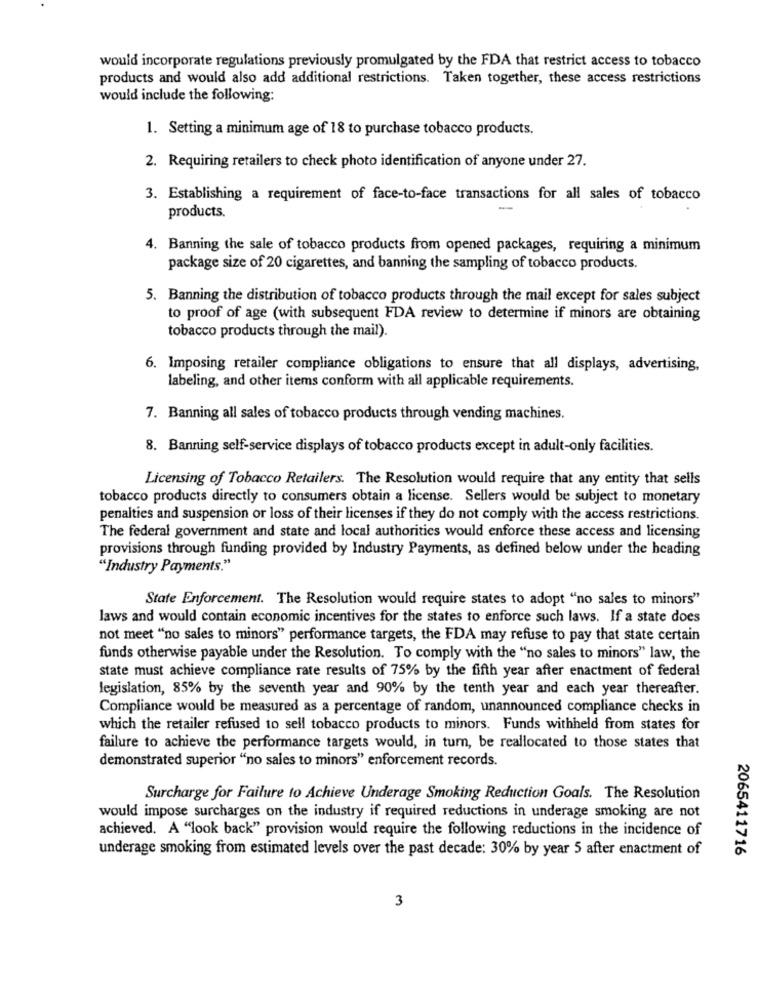
would incorporate regulations previously promulgated by the FDA that restrict access to tobacco
products and would also add additional restrictions. Taken together, these access restrictions
would include the following:
1. Setting a minimum age of 18 to purchase tobacco products.
2. Requiring retailers to check photo identification of anyone under 27.
3. Establishing a requirement of face-to-face transactions for all sales of tobacco
products.
-
4. Banning the sale of tobacco products from opened packages, requiring a minimum
package size of 20 cigarettes, and banning the sampling of tobacco products.
5. Banning the distribution of tobacco products through the mail except for sales subject
to proof of age (with subsequent FDA review to determine if minors are obtaining
tobacco products through the mail).
6. Imposing retailer compliance obligations to ensure that all displays, advertising,
labeling, and other items conform with all applicable requirements.
7. Banning all sales of tobacco products through vending machines.
8. Banning self-service displays of tobacco products except in adult-only facilities.
Licensing of Tobacco Retailers. The Resolution would require that any entity that sells
tobacco products directly to consumers obtain a license. Sellers would be subject to monetary
penalties and suspension or loss of their licenses if they do not comply with the access restrictions.
The federal government and state and local authorities would enforce these access and licensing
provisions through funding provided by Industry Payments, as defined below under the heading
"Industry Payments."
State Enforcement. The Resolution would require states to adopt "no sales to minors"
laws and would contain economic incentives for the states to enforce such laws. If a state does
not meet "no sales to minors" performance targets, the FDA may refuse to pay that state certain
funds otherwise payable under the Resolution. To comply with the "no sales to minors" law, the
state must achieve compliance rate results of 75% by the fifth year after enactment of federal
legislation, 85% by the seventh year and 90% by the tenth year and each year thereafter.
Compliance would be measured as a percentage of random, unannounced compliance checks in
which the retailer refused to sell tobacco products to minors. Funds withheld from states for
failure to achieve the performance targets would, in turn, be reallocated to those states that
demonstrated superior "no sales to minors" enforcement records.
Surcharge for Failure to Achieve Underage Smoking Reduction Goals. The Resolution
would impose surcharges on the industry if required reductions in underage smoking are not
achieved. A "look back" provision would require the following reductions in the incidence of
underage smoking from estimated levels over the past decade: 30% by year 5 after enactment of
2065411716
3